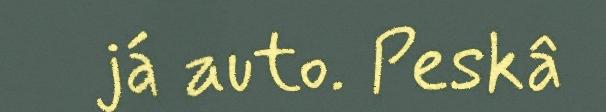
já auto. Peskâ